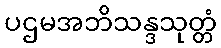
ပဌမအဘိသန္ဒသုတ္တံ